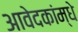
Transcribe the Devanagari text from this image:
आवेदकांम्धे